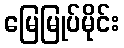
မြေမြုပ်မိုင်း